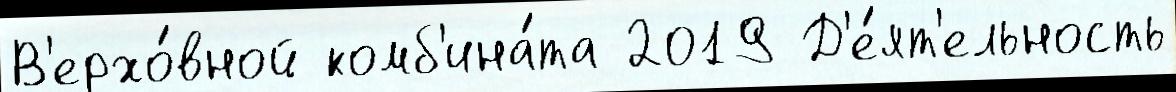
В'ерхо́вной комб'ина́та 2019 Д'е́ят'ельность